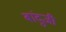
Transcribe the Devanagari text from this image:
बांदुजी